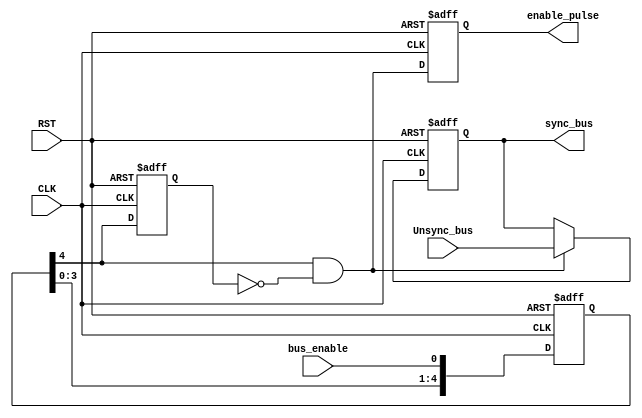

module data_syn #(parameter BUS_WIDTH = 2,parameter NUM_STAGES = 5) (

input [BUS_WIDTH-1:0] Unsync_bus,
input CLK,
input RST,
input bus_enable,
output reg [BUS_WIDTH-1:0] sync_bus,
output reg enable_pulse

);

wire [BUS_WIDTH-1:0] D_syn;
wire sel;
reg Q_enable_syn;
reg [NUM_STAGES-1:0] q;
integer i;
 
assign D_syn = (sel) ? Unsync_bus:sync_bus;
assign sel = q[NUM_STAGES-1] && !Q_enable_syn;

always @ (posedge CLK or negedge RST)
  begin
     if (!RST)
	  begin
	     sync_bus <= 'b0;
	  end
	 else
	  begin
	     sync_bus <= D_syn;	     
	  end
  end

always @ (posedge CLK or negedge RST)
  begin
     if (!RST)
	  begin
	     enable_pulse <= 'b0;
	  end
	 else
	  begin
	     enable_pulse <= sel;	     
	  end
  end
  
always @ (posedge CLK or negedge RST)
  begin
     if (!RST)
	  begin
	     Q_enable_syn <= 'b0;
	  end
	 else
	  begin
	     Q_enable_syn <= q[NUM_STAGES-1];	     
	  end
  end  

always @ (posedge CLK or negedge RST)
  begin
     if (!RST)
	  begin
	     for (i=0;i<NUM_STAGES;i=i+1)
		  begin
		     q[i] <= 'b0;
		  end
	  end
	 else
	  begin
	     q[0] <= bus_enable;
		 for(i=1;i<NUM_STAGES;i=i+1)
		  begin
		     q[i] <= q[i-1];
		  end
	  end
  end
  

endmodule